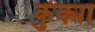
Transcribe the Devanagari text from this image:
कुक्मा